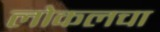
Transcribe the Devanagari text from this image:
लोकलचा